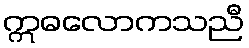
ဣဓလောကသညီ